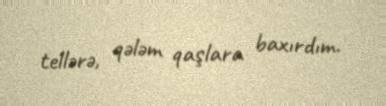
tellərə, qələm qaşlara baxırdım.